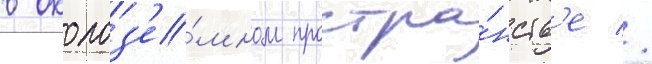
в околоз'е́мном простра́нств'е //